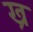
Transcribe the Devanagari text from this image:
ख्र